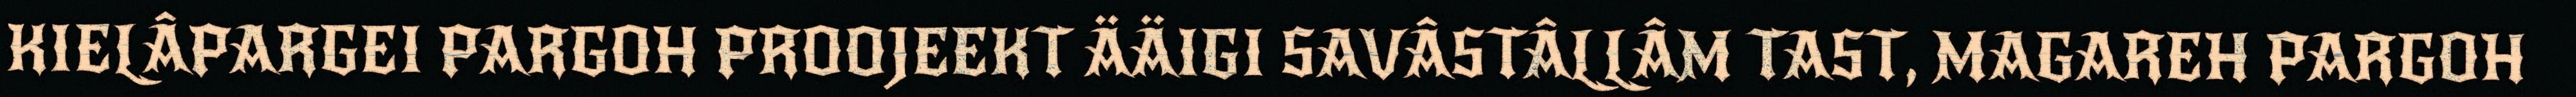
KIELÂPARGEI PARGOH PROOJEEKT ÄÄIGI SAVÂSTÂLLÂM TAST, MAGAREH PARGOH